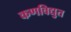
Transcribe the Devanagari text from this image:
कणविद्युत